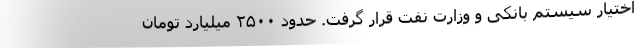
اختیار سیستم بانکی و وزارت نفت قرار گرفت. حدود ۲۵۰۰ میلیارد تومان